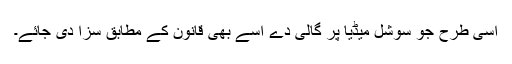
اسی طرح جو سوشل میڈیا پر گالی دے اسے بھی قانون کے مطابق سزا دی جائے۔